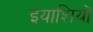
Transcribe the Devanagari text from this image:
इयाशियों